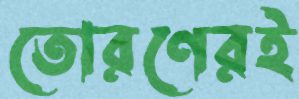
তোরণেরই